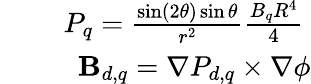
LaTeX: \begin{array}{rlr}{\mathrm{~}}&{{}}&{P_{q}=\frac{\sin(2\theta)\sin\theta}{r^{2}}\frac{B_{q}R^{4}}{4}\mathrm{~}}\\ {\mathrm{~}}&{{}}&{{\mathbf B}_{d,q}=\nabla P_{d,q}\times\nabla\phi}\end{array}